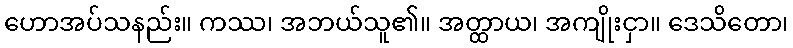
ဟောအပ်သနည်း။ ကဿ၊ အဘယ်သူ၏။ အတ္ထာယ၊ အကျိုးငှာ။ ဒေသိတော၊